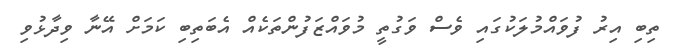
ތިބި އިރު ފުވައްމުލަކުގައި ވެސް ވަގުތީ މުވައްޒަފުންތަކެއް އެބަތިބި ކަމަށް އޭނާ ވިދާޅުވި